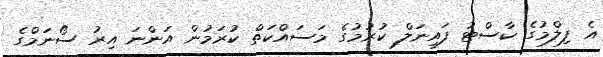
އެ ފިލްމުގެ ކާސްޓު ފައިނަލް ކުރުމުގެ މަސައްކަތް ކުރަމުން އަންނަ އިރު ސޯނަމްގެ